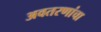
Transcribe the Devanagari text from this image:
अवतरणांचा